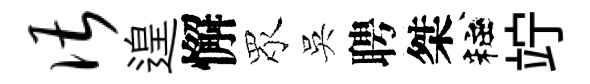
谌遑懈眾吳聘桀粧竚